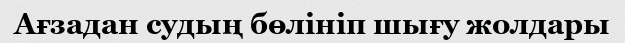
Ағзадан судың бөлiнiп шығу жолдары